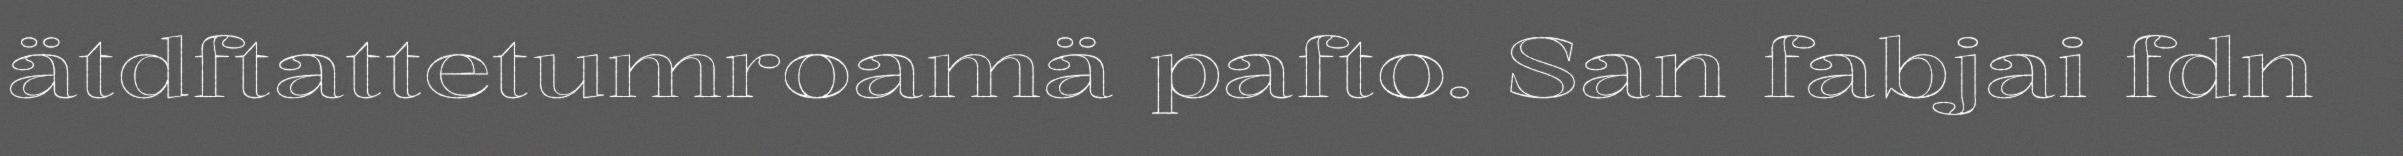
ätdftattetumroamä pafto. San fabjai fdn